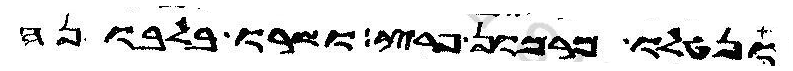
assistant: ונטלו מרמון פרץ ושרו בלבונה